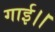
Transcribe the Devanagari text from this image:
गाई।।